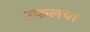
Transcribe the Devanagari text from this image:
रफलचा